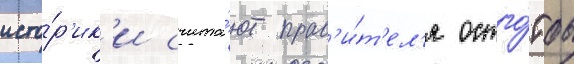
исто́р'ик'и счита́ют прав'и́т'ел'я остго́тов